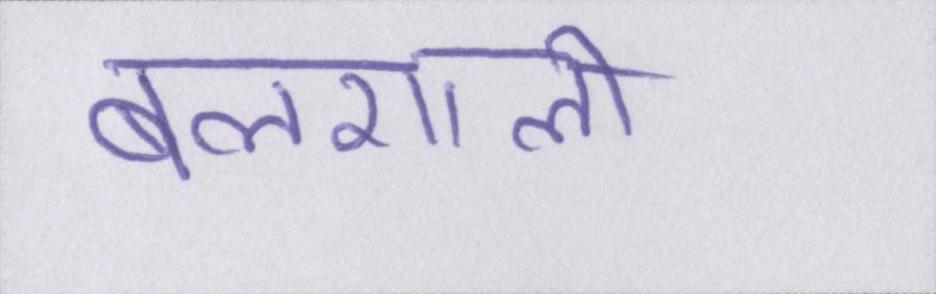
बलशाली